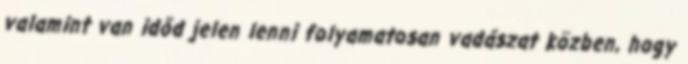
valamint van időd jelen lenni folyamatosan vadászat közben, hogy